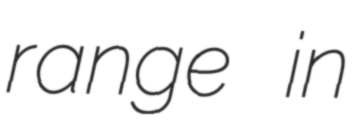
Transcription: range in